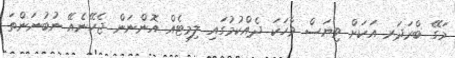
މަގޭ ބްރަދަރ އަކަށް ވިޔަސް ވާހަކަ ދެއްކުމުގައި ލިމިޓެއް އޮންނަން ޖެހޭނެއޭ ނުބުނަންތަ